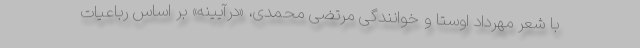
با شعر مهرداد اوستا و خوانندگی مرتضی محمدی، «درآیینه» بر اساس رباعیات